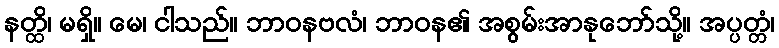
နတ္ထိ၊ မရှိ။ မေ၊ ငါသည်။ ဘာဝနဗလံ၊ ဘာဝန၏ အစွမ်းအာနုဘော်သို့။ အပ္ပတ္တံ၊